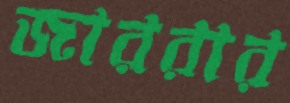
জাররার